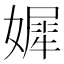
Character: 㜨